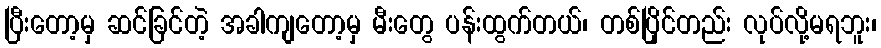
ပြီးတော့မှ ဆင်ခြင်တဲ့ အခါကျတော့မှ မီးတွေ ပန်းထွက်တယ်၊ တစ်ပြိုင်တည်း လုပ်လို့မရဘူး၊